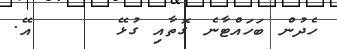
ހެދުން ބަހައްޓާނެ ގޮތާއި ގުޅޭ      އޭ.